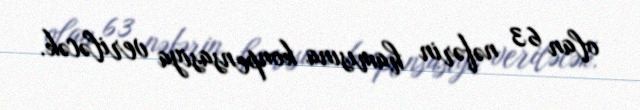
olan 63 nəfərin hamısına konpensasiya veriləcək.